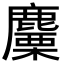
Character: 麜